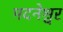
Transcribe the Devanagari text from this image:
मदनेश्वर